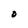
Character: O